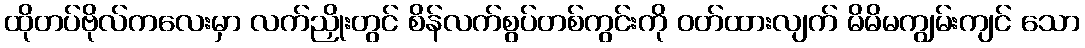
ထိုတပ်ဗိုလ်ကလေးမှာ လက်ညှိုးတွင် စိန်လက်စွပ်တစ်ကွင်းကို ဝတ်ထားလျက် မိမိမကျွမ်းကျင် သော